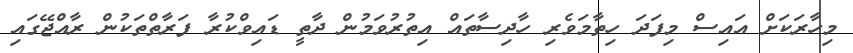
މިހާރަކަށް އައިސް މިފަދަ ހިތާމަވެރި ހާދިސާތައް އިތުރުވަމުން ދާތީ ޑައިވްކުރާ ފަރާތްތަކުން ރާއްޖޭގައި